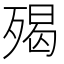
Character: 𣨵